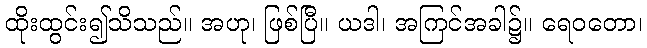
ထိုးထွင်း၍သိသည်။ အဟု၊ ဖြစ်ပြီ။ ယဒါ၊ အကြင်အခါ၌။ ရေဝတော၊